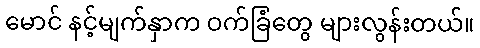
မောင် နင့်မျက်နှာက ဝက်ခြံတွေ များလွန်းတယ်။